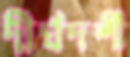
দীর্ঘদর্শী